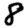
Digit: 8